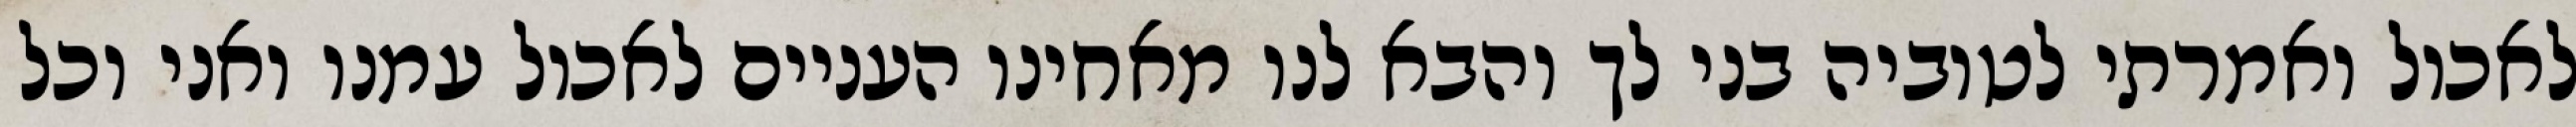
לאכול ואמרתי לטוביה בני לך והבא לנו מאחינו העניים לאכול עמנו ואני וכל